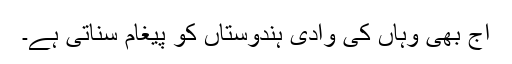
آج بھی وہاں کی وادی ہندوستاں کو پیغام سناتی ہے۔